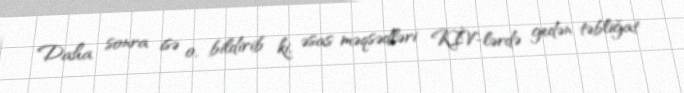
Daha sonra isə o, bildirib ki, əsas məqsədləri KİV-lərdə gedən təbliğat